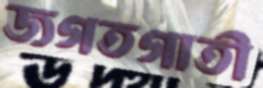
জগতগাতী